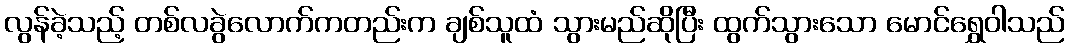
လွန်ခဲ့သည့် တစ်လခွဲလောက်ကတည်းက ချစ်သူထံ သွားမည်ဆိုပြီး ထွက်သွားသော မောင်ရွှေဝါသည်